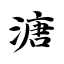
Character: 溏